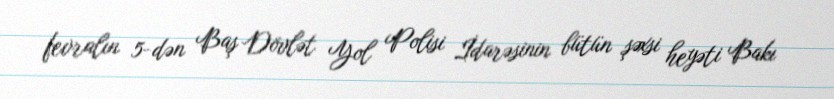
fevralın 5-dən Baş Dövlət Yol Polisi İdarəsinin bütün şəxsi heyəti Bakı